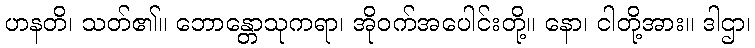
ဟနတိ၊ သတ်၏။ ဘောန္တောသုကရာ၊ အိုဝက်အပေါင်းတို့။ နော၊ ငါတို့အား။ ဒါဌာ၊